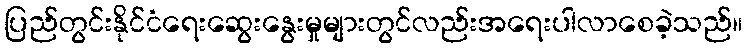
ပြည်တွင်းနိုင်ငံရေးဆွေးနွေးမှုများတွင်လည်းအရေးပါလာစေခဲ့သည်။